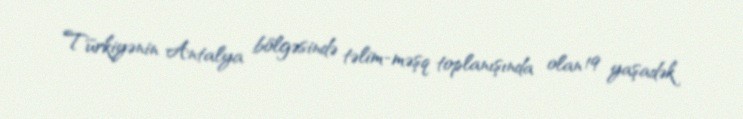
Türkiyənin Antalya bölgəsində təlim-məşq toplanışında olan 19 yaşadək